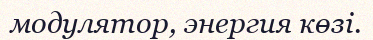
модулятор, энергия көзі.